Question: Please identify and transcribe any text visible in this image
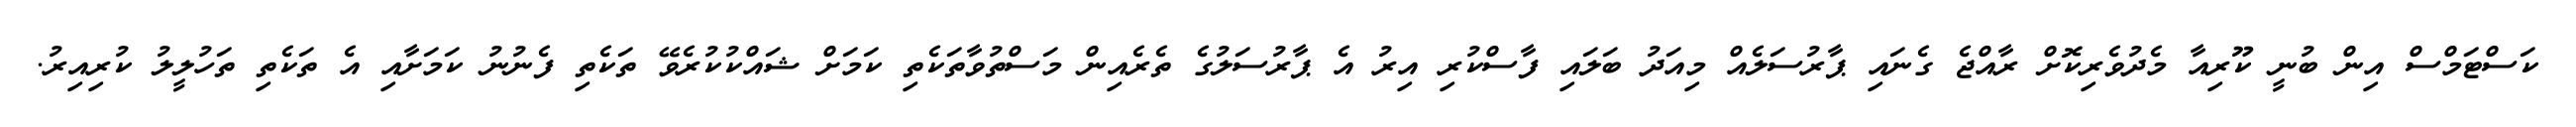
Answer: ކަސްޓަމްސް އިން ބުނީ ކޫރިއާ މެދުވެރިކޮށް ރާއްޖެ ގެނައި ޕާރުސަލެއް މިއަދު ބަލައި ފާސްކުރި އިރު އެ ޕާރުސަލުގެ ތެރެއިން މަސްތުވާތަކެތި ކަމަށް ޝައްކުކުރެވޭ ތަކެތި ފެނުނު ކަމަށާއި އެ ތަކެތި ތަހުލީލު ކުރިއިރު.